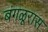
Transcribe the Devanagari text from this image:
बंगळूरास